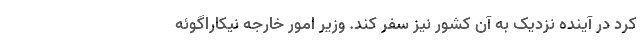
کرد در آینده نزدیک به آن کشور نیز سفر کند. وزیر امور خارجه نیکاراگوئه